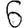
Digit: 6